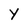
Character: Y